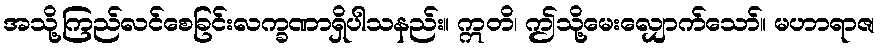
အသို့ကြည်လင်စေခြင်းလက္ခဏာရှိပါသနည်း။ ဣတိ၊ ဤသို့မေးလျှောက်သော်။ မဟာရာဇ၊